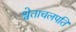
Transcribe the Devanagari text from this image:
श्वेताचलपति